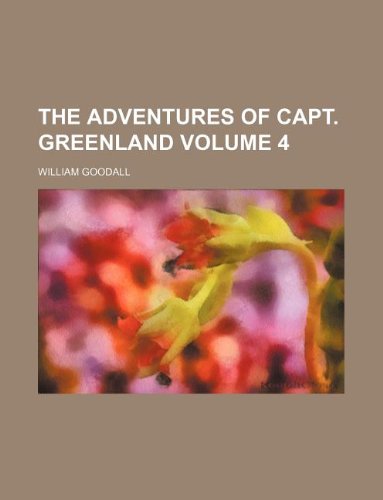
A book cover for The adventures of Capt. Greenland Volume 4; William Goodall; History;